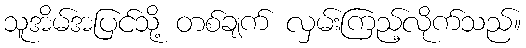
သူအိမ်အပြင်သို့ တစ်ချက် လှမ်းကြည့်လိုက်သည်။